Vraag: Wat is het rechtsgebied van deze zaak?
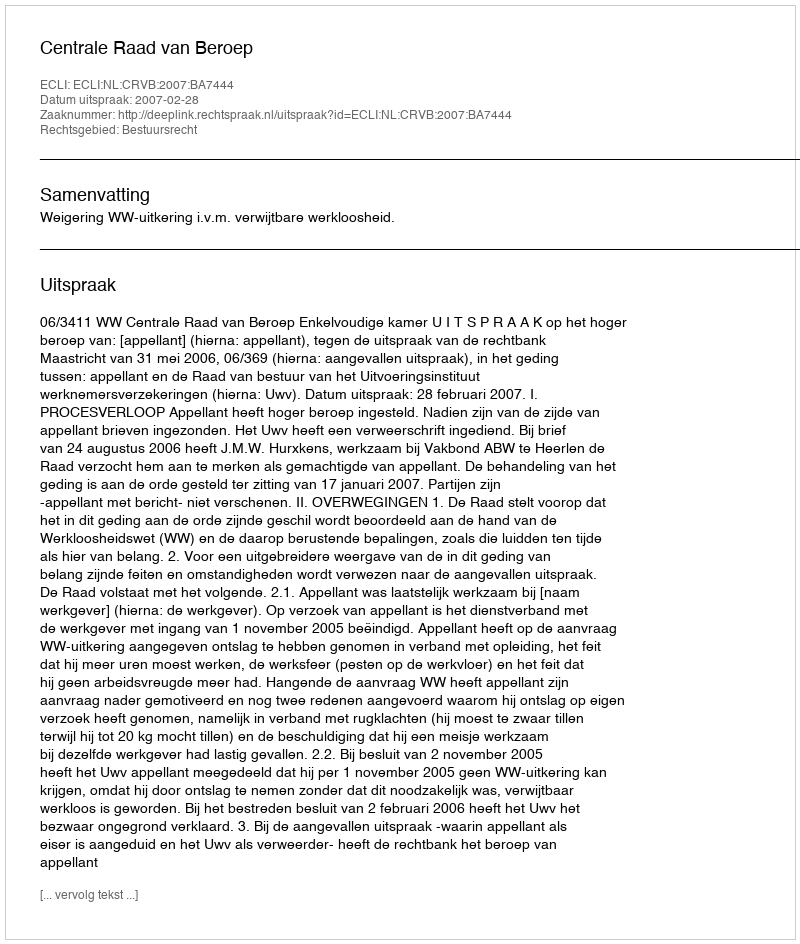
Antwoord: Bestuursrecht